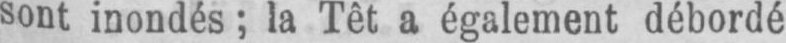
sont inondés; la Têt a également débordé